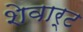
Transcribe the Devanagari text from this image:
शेवार्ट